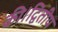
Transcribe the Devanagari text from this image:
की।द्वितीय